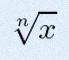
\sqrt[n]{x}